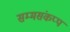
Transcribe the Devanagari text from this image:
सम्मसंकप्प